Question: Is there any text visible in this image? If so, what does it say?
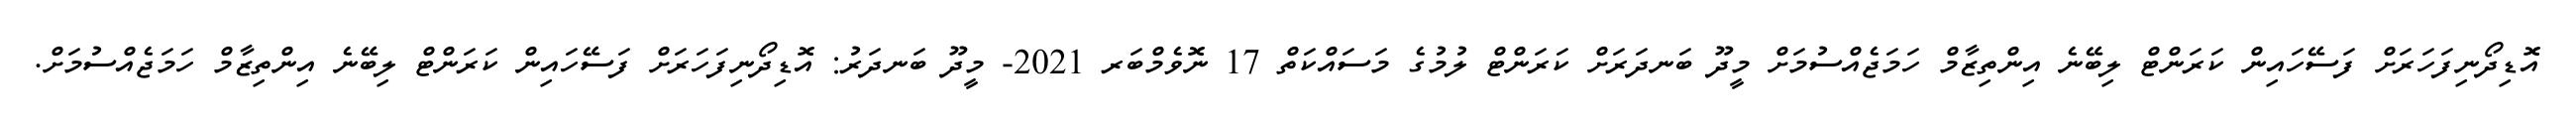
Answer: އޮޑިދޯނިފަހަރަށް ފަސޭހައިން ކަރަންޓް ލިބޭނެ އިންތިޒާމް ހަމަޖެއްސުމަށް މީދޫ ބަނދަރަށް ކަރަންޓް ލުމުގެ މަސައްކަތް 17 ނޮވެމްބަރ 2021- މީދޫ ބަނދަރު: އޮޑިދޯނިފަހަރަށް ފަސޭހައިން ކަރަންޓް ލިބޭނެ އިންތިޒާމް ހަމަޖެއްސުމަށް.